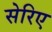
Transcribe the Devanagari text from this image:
सेरिए